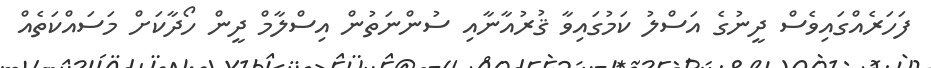
ފަހަރެއްގައިވެސް ދީނުގެ އަސްލު ކަމުގައިވާ ޤުރުއާނާއި ސުންނަތުން އިސްލާމް ދީން ހޯދާކަށް މަސައްކަތެއް